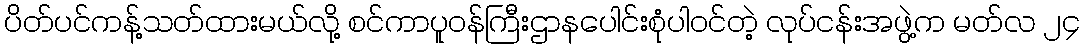
ပိတ်ပင်ကန့်သတ်ထားမယ်လို့ စင်ကာပူဝန်ကြီးဌာနပေါင်းစုံပါဝင်တဲ့ လုပ်ငန်းအဖွဲ့က မတ်လ ၂၄